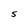
Character: S